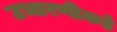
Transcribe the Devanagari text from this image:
उभारणीकडे